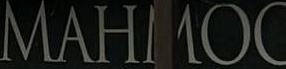
MAHMOO